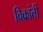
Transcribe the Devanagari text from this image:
विक्रांती